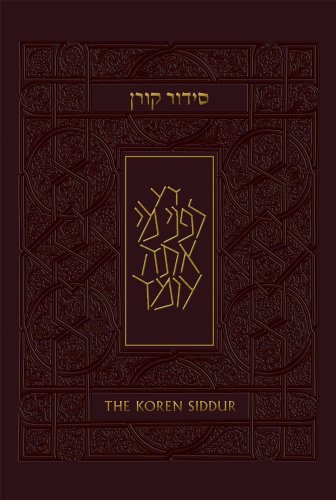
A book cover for Koren Sacks Siddur, Hebrew/English, Sepharad Prayerbook; Jonathan Sacks; Religion & Spirituality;